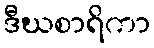
ဒီဃစာရိကာ